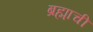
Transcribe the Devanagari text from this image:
ब्रह्माची